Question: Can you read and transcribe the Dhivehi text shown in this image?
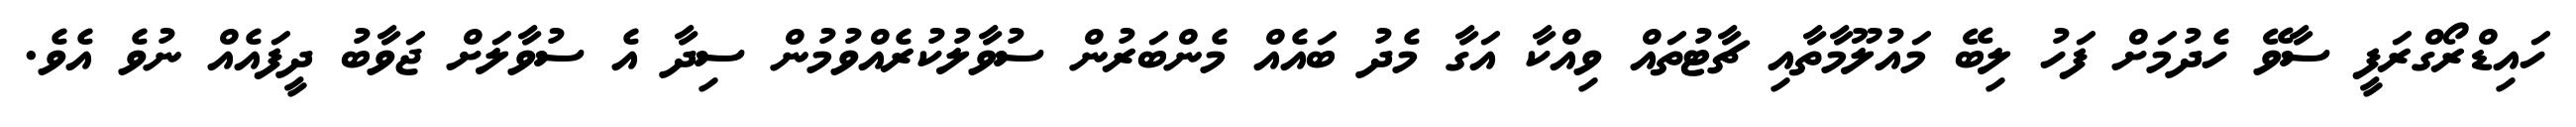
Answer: ހައިޑްރޯގްރަފީ ސާވޭ ހެދުމަށް ފަހު ލިބޭ މައުލޫމާތާއި ޗާޓުތައް ވިއްކާ އަގާ މެދު ބައެއް މެންބަރުން ސުވާލުކުރެއްވުމުން ސިދާ އެ ސުވާލަށް ޖަވާބު ދީފައެއް ނުވެ އެވެ.